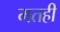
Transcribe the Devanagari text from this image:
मतही